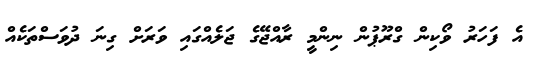
އެ ފަހަރު ވޯކިން ގްރޫޕުން ނިންމީ ރާއްޖޭގެ ޖަލެއްގައި ވަރަށް ގިނަ ދުވަސްތަކެއް